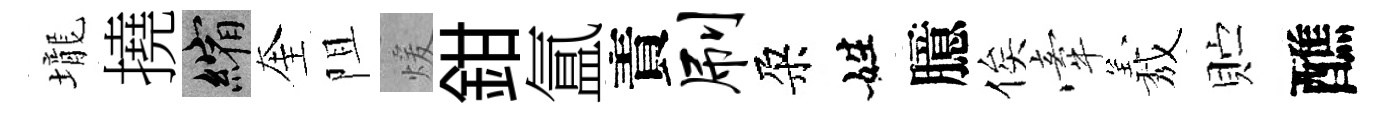
壠撓縮奎阻煖鉗氲責刷朶姓臆俟牽𦏁贮醮